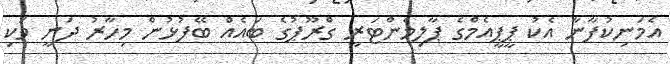
އެމަނިކުފާނާ އެކު ޕީޕީއެމްގެ ޕާލިމެންޓަރީ ގްރޫޕުގެ ބައެއް ބޭފުޅުން މިހާރު ދަނީ ވަކި